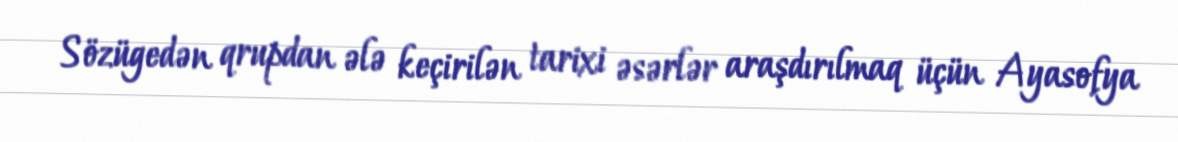
Sözügedən qrupdan ələ keçirilən tarixi əsərlər araşdırılmaq üçün Ayasofya